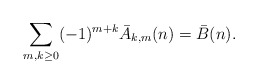
\begin{align*} \sum_{m,k\ge0}(-1)^{m+k}\bar{A}_{k,m}(n)=\bar{B}(n).\end{align*}